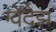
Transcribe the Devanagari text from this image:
ग्वेदेझ